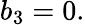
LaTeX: b_{3}=0.